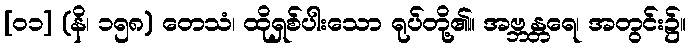
[၀၁] (နိ၊ ၁၅၈) တေသံ၊ ထိုရှစ်ပါးသော ရုပ်တို့၏။ အဗ္ဘန္တရေ၊ အတွင်း၌။